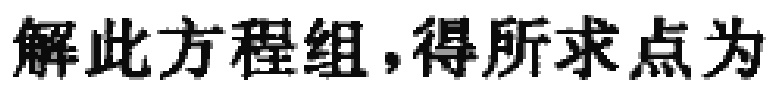
解此方程组，得所求点为